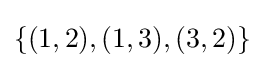
\textstyle \{(1,2),(1,3),(3,2)\}